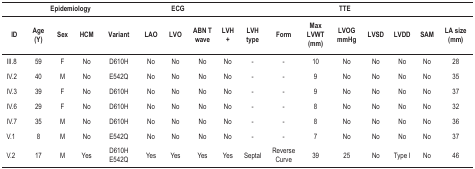
| <COLSPAN=5> Epidemiology | <COLSPAN=3> ECG | <COLSPAN=9> TTE |
 | ID | Age (Y) | Sex | HCM | Variant | LAO | LVO | ABN T wave | LVH + | LVH type | Form | Max LVWT (mm) | LVOG mmHg | LVSD | LVDD | SAM | LA size (mm) |
 | --- | --- | --- | --- | --- | --- | --- | --- | --- | --- | --- | --- | --- | --- | --- | --- | --- |
 | III.8 | 59 | F | No | D610H | No | No | No | No | - | - | 10 | No | No | No | No | 28 |
 | IV.2 | 40 | M | No | E542Q | No | No | No | No | - | - | 9 | No | No | No | No | 35 |
 | IV.3 | 39 | F | No | D610H | No | No | No | No | - | - | 9 | No | No | No | No | 37 |
 | IV.6 | 29 | F | No | D610H | No | No | No | No | - | - | 8 | No | No | No | No | 32 |
 | IV.7 | 35 | M | No | D610H | No | No | No | No | - | - | 8 | No | No | No | No | 36 |
 | V.1 | 8 | M | No | E542Q | No | No | No | No | - | - | 7 | No | No | No | No | 37 |
 | V.2 | 17 | M | Yes | D610H E542Q | Yes | Yes | Yes | Yes | Septal | Reverse Curve | 39 | 25 | No | Type I | No | 46 |